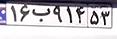
۱۶ب۹۱۴۵۳